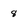
Character: 8